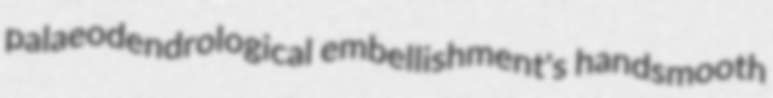
palaeodendrological embellishment's handsmooth